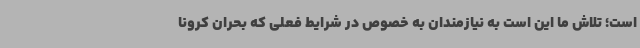
است؛ تلاش ما این است به نیازمندان به خصوص در شرایط فعلی که بحران کرونا